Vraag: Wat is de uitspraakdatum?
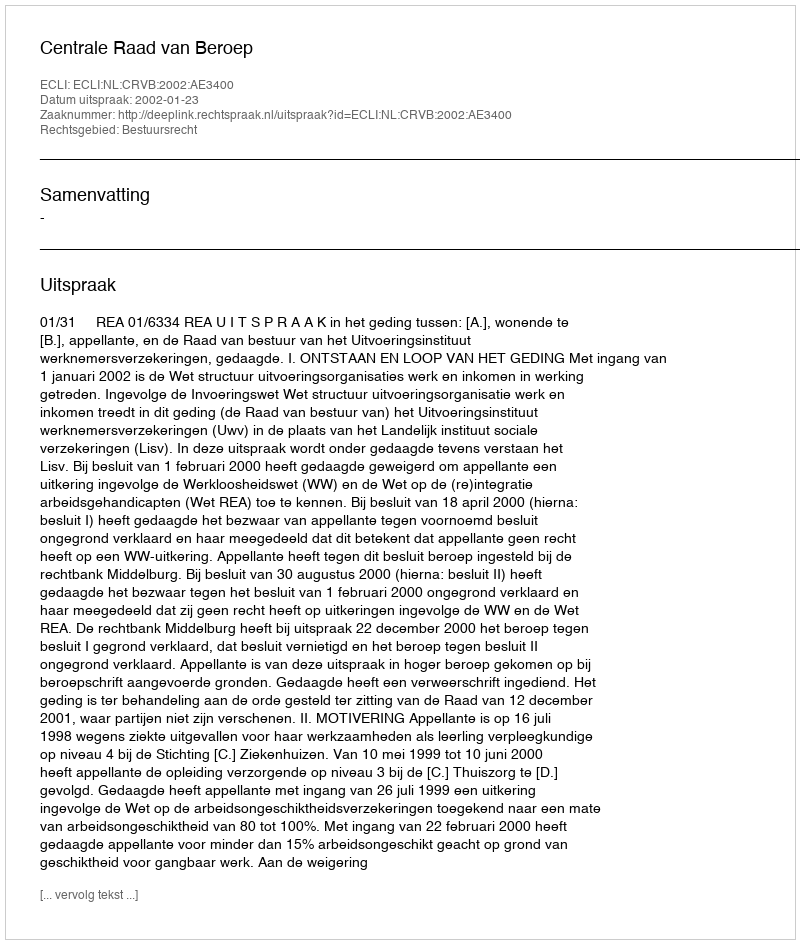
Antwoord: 2002-01-23